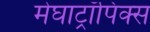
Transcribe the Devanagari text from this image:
मेघाट्रॉपिक्स